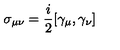
\sigma _ { \mu \nu } = \frac { i } { 2 } [ \gamma _ { \mu } , \gamma _ { \nu } ]